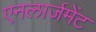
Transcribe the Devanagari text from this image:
एनलार्जमेंट